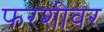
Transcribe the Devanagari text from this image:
फरशीवर